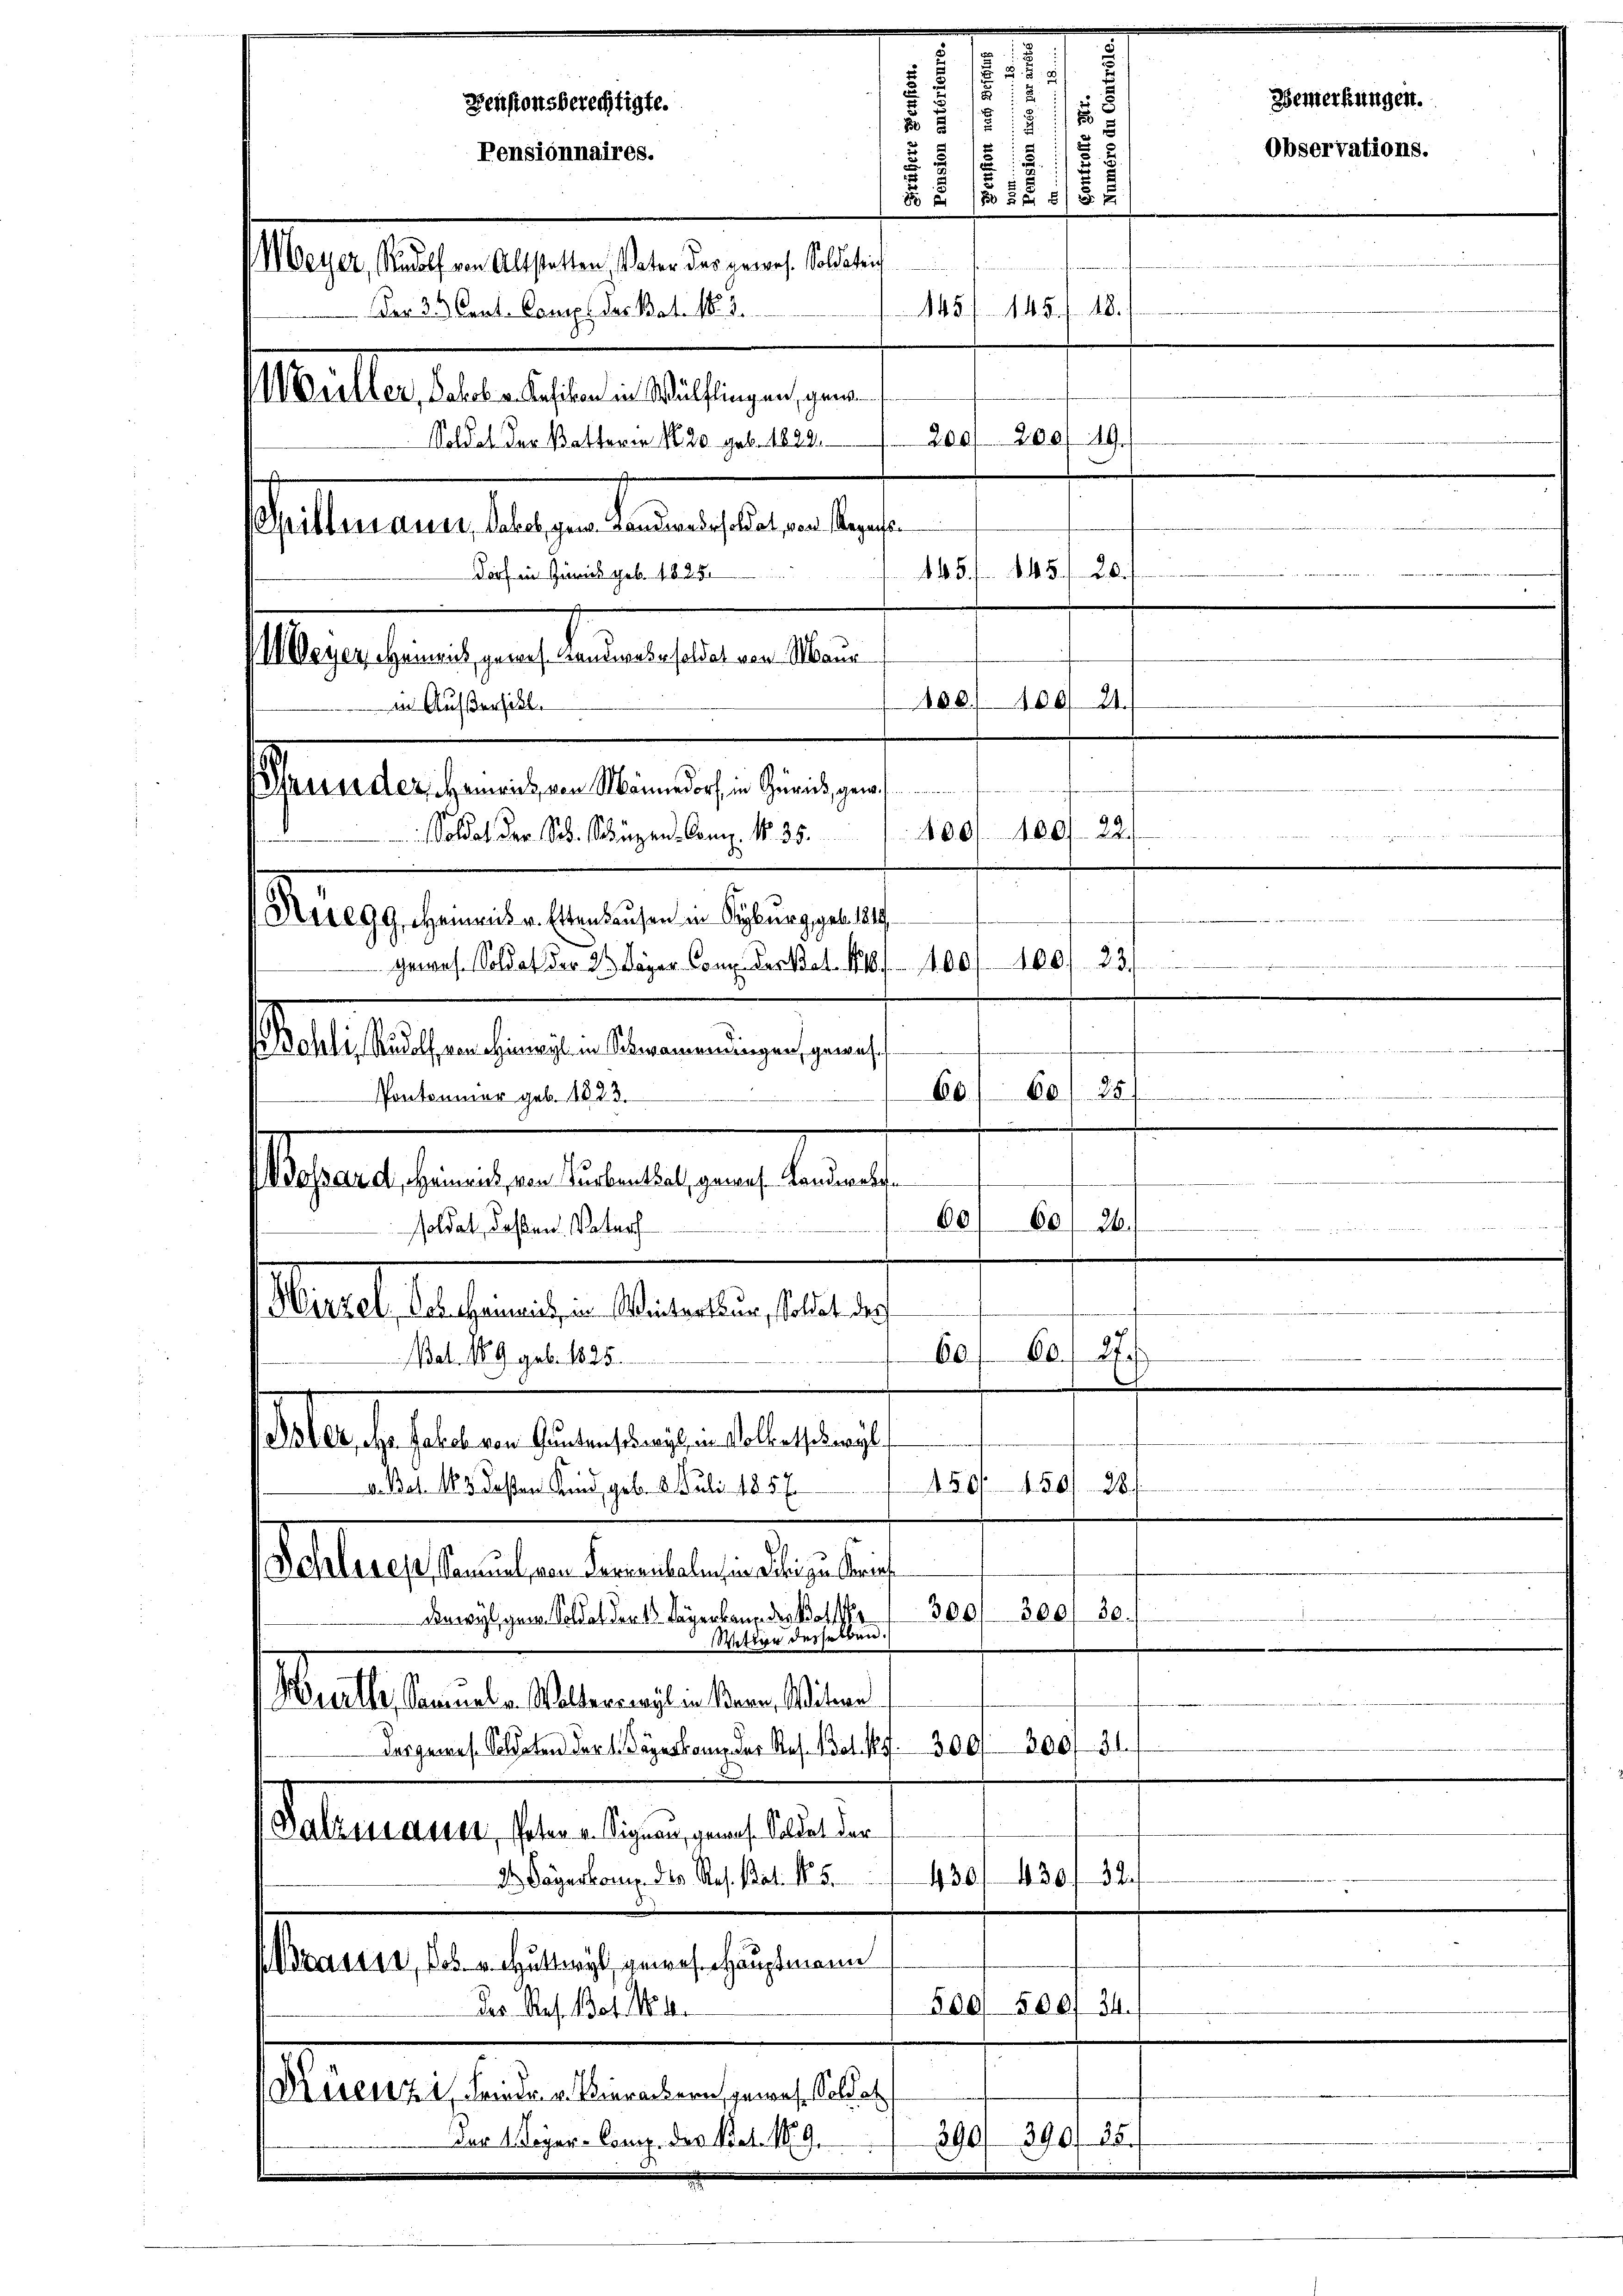
Dargenes Soldaten der 1. Jägerkann der Res. dat. 18. 300. 300. 31.
Falzensaube, Peten v. Signau, genaus. Soldat der
430. 430 f 32
dt. Dagarkomp. des Res. Bat. No. 5.
Brasis, des v. Huttwyl, gewese Hauptmann
560/ 500
34.
Der Res. 1304. No. 4.
Kirenz in Friede v. Vierackern, gewes. Soldat
390/ 390. 28.
Per Meyer-Comp. des Part. 19.

Grunder, Gemeint, von Männedorf, in Zürich gew
Soldat der Sch. Schüzen-Comp. No. 35.
Meregg, einmis v. Ettenhausen in Seyburg geb. 1819

m
515
.
Pensionsberechtigte.
i
1
i
1
 5
Pensionnaires.
11/11/18
Meyer, Rudolf von Altstatten, Vater das gewes. Soldati
145 f 145 f. 48.
Der 3. Cent. Comp. des Bat. 1852.
Müller, Jakob. v. Kefikon in Wülflingen, geno
200/200/19.
Soldat der Battoren No 20 geb. 1829.
behaltungenen liegen der als eine derse
145. 5
Dorf in Zürich geb. 1825.
 Weyer, Heinrich, gewes. Landwasesoldat von Maur
100) 100. 21.
in Außersihl.
400/180/22.
.
23.
.
gewes. Soldat der 3 Lager Com. Denkel 1818. 1400/100
Altstehenden sie bereinigen gen
60/20 21
Pontonior geb. 1823.
Gehaltenden erlegung beant
60/60/26.
soldat, daßen Vater
u
Statt Sachenrathe Abtreten 1810.
F
60) 60. 27.
Bat. No 9 geb. 1825.
Machthalten Citate gelegen ge
28.
150. 456
v. Bat. 163. Dassen Kind, geb. 2. Juli 1857
atlangestanden den betreten der
300/ 300, 30.
Dawyl, gen. Soldat den 1. Lagerbann der Kottste
Wittwe desselben
Muelle, Samuel v. Waltenriegl in Bern, Witwe

Observations.

Bemerkungen.